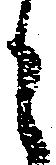
と